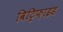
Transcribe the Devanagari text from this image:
विट्रिफ़ाइड